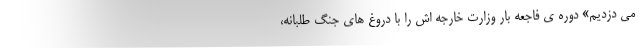
می دزدیم» دوره ی فاجعه بار وزارت خارجه اش را با دروغ های جنگ طلبانه،